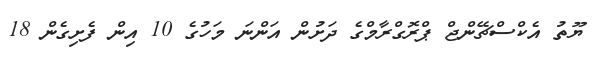
ޔޫތު އެކްސްޗޭންޖް ޕްރޮގްރާމްގެ ދަށުން އަންނަ މަހުގެ 10 އިން ފެށިގެން 18